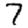
Digit: 7